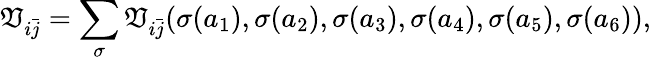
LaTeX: \mathfrak{V}_{i\bar{{j}}}=\sum_{\sigma}\mathfrak{V}_{i\bar{{j}}}(\sigma(a_{1}),\sigma(a_{2}),\sigma(a_{3}),\sigma(a_{4}),\sigma(a_{5}),\sigma(a_{6})),